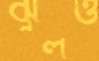
ঝুলও